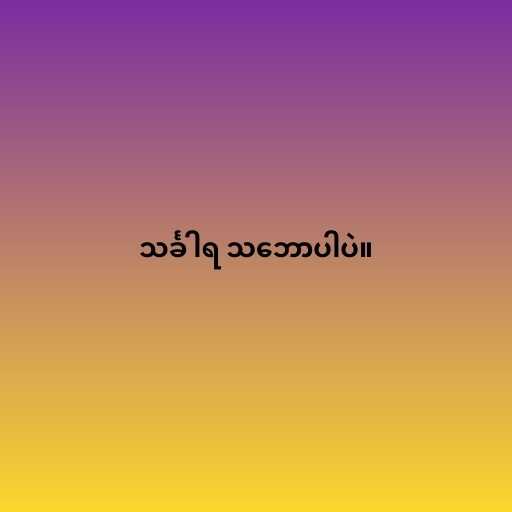
သင်္ခါရ သ‌ဘောပါပဲ။